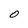
Character: O